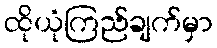
ထိုယုံကြည်ချက်မှာ